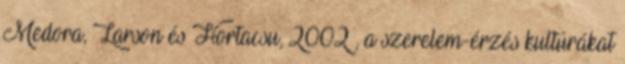
Medora, Larson és Hortacsu, 2002 , a szerelem-érzés kultúrákat